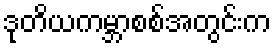
ဒုတိယကမ္ဘာစစ်အတွင်းက